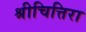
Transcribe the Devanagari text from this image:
श्रीचित्तिरा